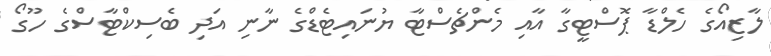
ލާޒިއޯގެ ހެލްޑާ ޕޮސްޓީގާ އާއި މެންޗެސްޓާ ޔުނައިޓެޑްގެ ނާނި އަދި ބެސިކްޓާސްގެ ހޫގޯ